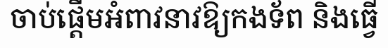
ចាប់ផ្តើមអំពាវនាវឱ្យកងទ័ព និងធ្វើ